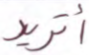
أتريد